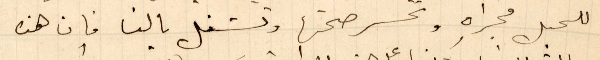
للحبل مجراه وتحسر صحتها وتشغل بالنا فان هذه